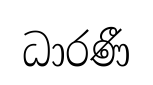
ධාරණී